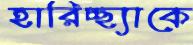
হারিচ্ছ্যাকে